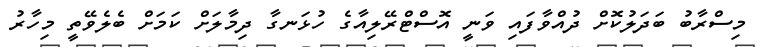
މިސްރާބު ބަދަލުކޮށް ދުއްވާފަައި ވަނީ އޮސްޓްރޭލިއާގެ ހުޅަނގާ ދިމާލަށް ކަމަށް ބެލެވޭތީ މިހާރު